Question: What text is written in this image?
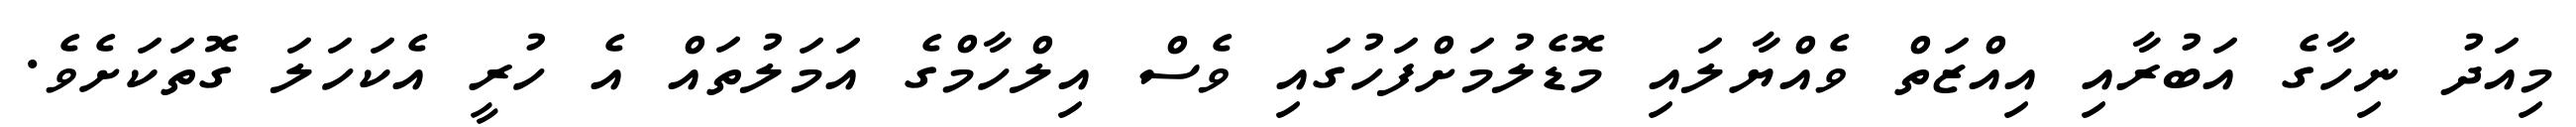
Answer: މިއަދު ނިހާގެ އަބުރާއި އިއްޒަތް ވެއްޔާލައި މޮޑެލުމަށްފަހުގައި ވެސް އިލްހާމްގެ އަމަލުތައް އެ ހުރީ އެކަހަލަ ގޮތަކަށެވެ.